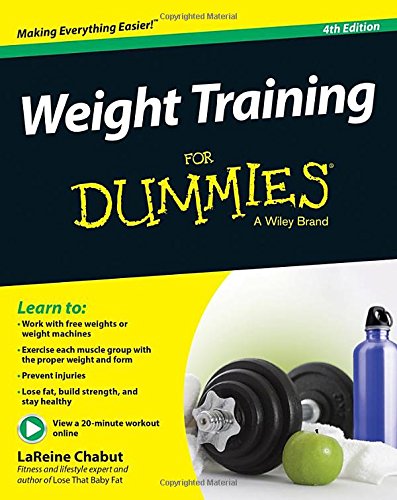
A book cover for Weight Training For Dummies; LaReine Chabut; Health, Fitness & Dieting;